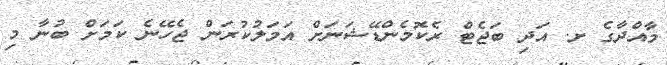
މާއްދާގެ ށ. އަދި ބަޖެޓް ރެކޮމެންޑޭޝަނަށް އަމަލުކުރަން ޖެހޭނެ ކަމަށް ބުނާ މި